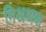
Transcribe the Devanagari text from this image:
मिअश्रण